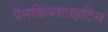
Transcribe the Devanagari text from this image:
पैनक्रियाटाइटिस